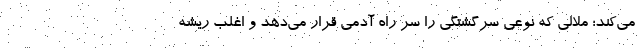
می‌کند؛ ملالی که نوعی سرگشتگی را سر راه آدمی قرار می‌دهد و اغلب ریشه